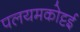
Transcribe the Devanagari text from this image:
पलयमकोट्टई